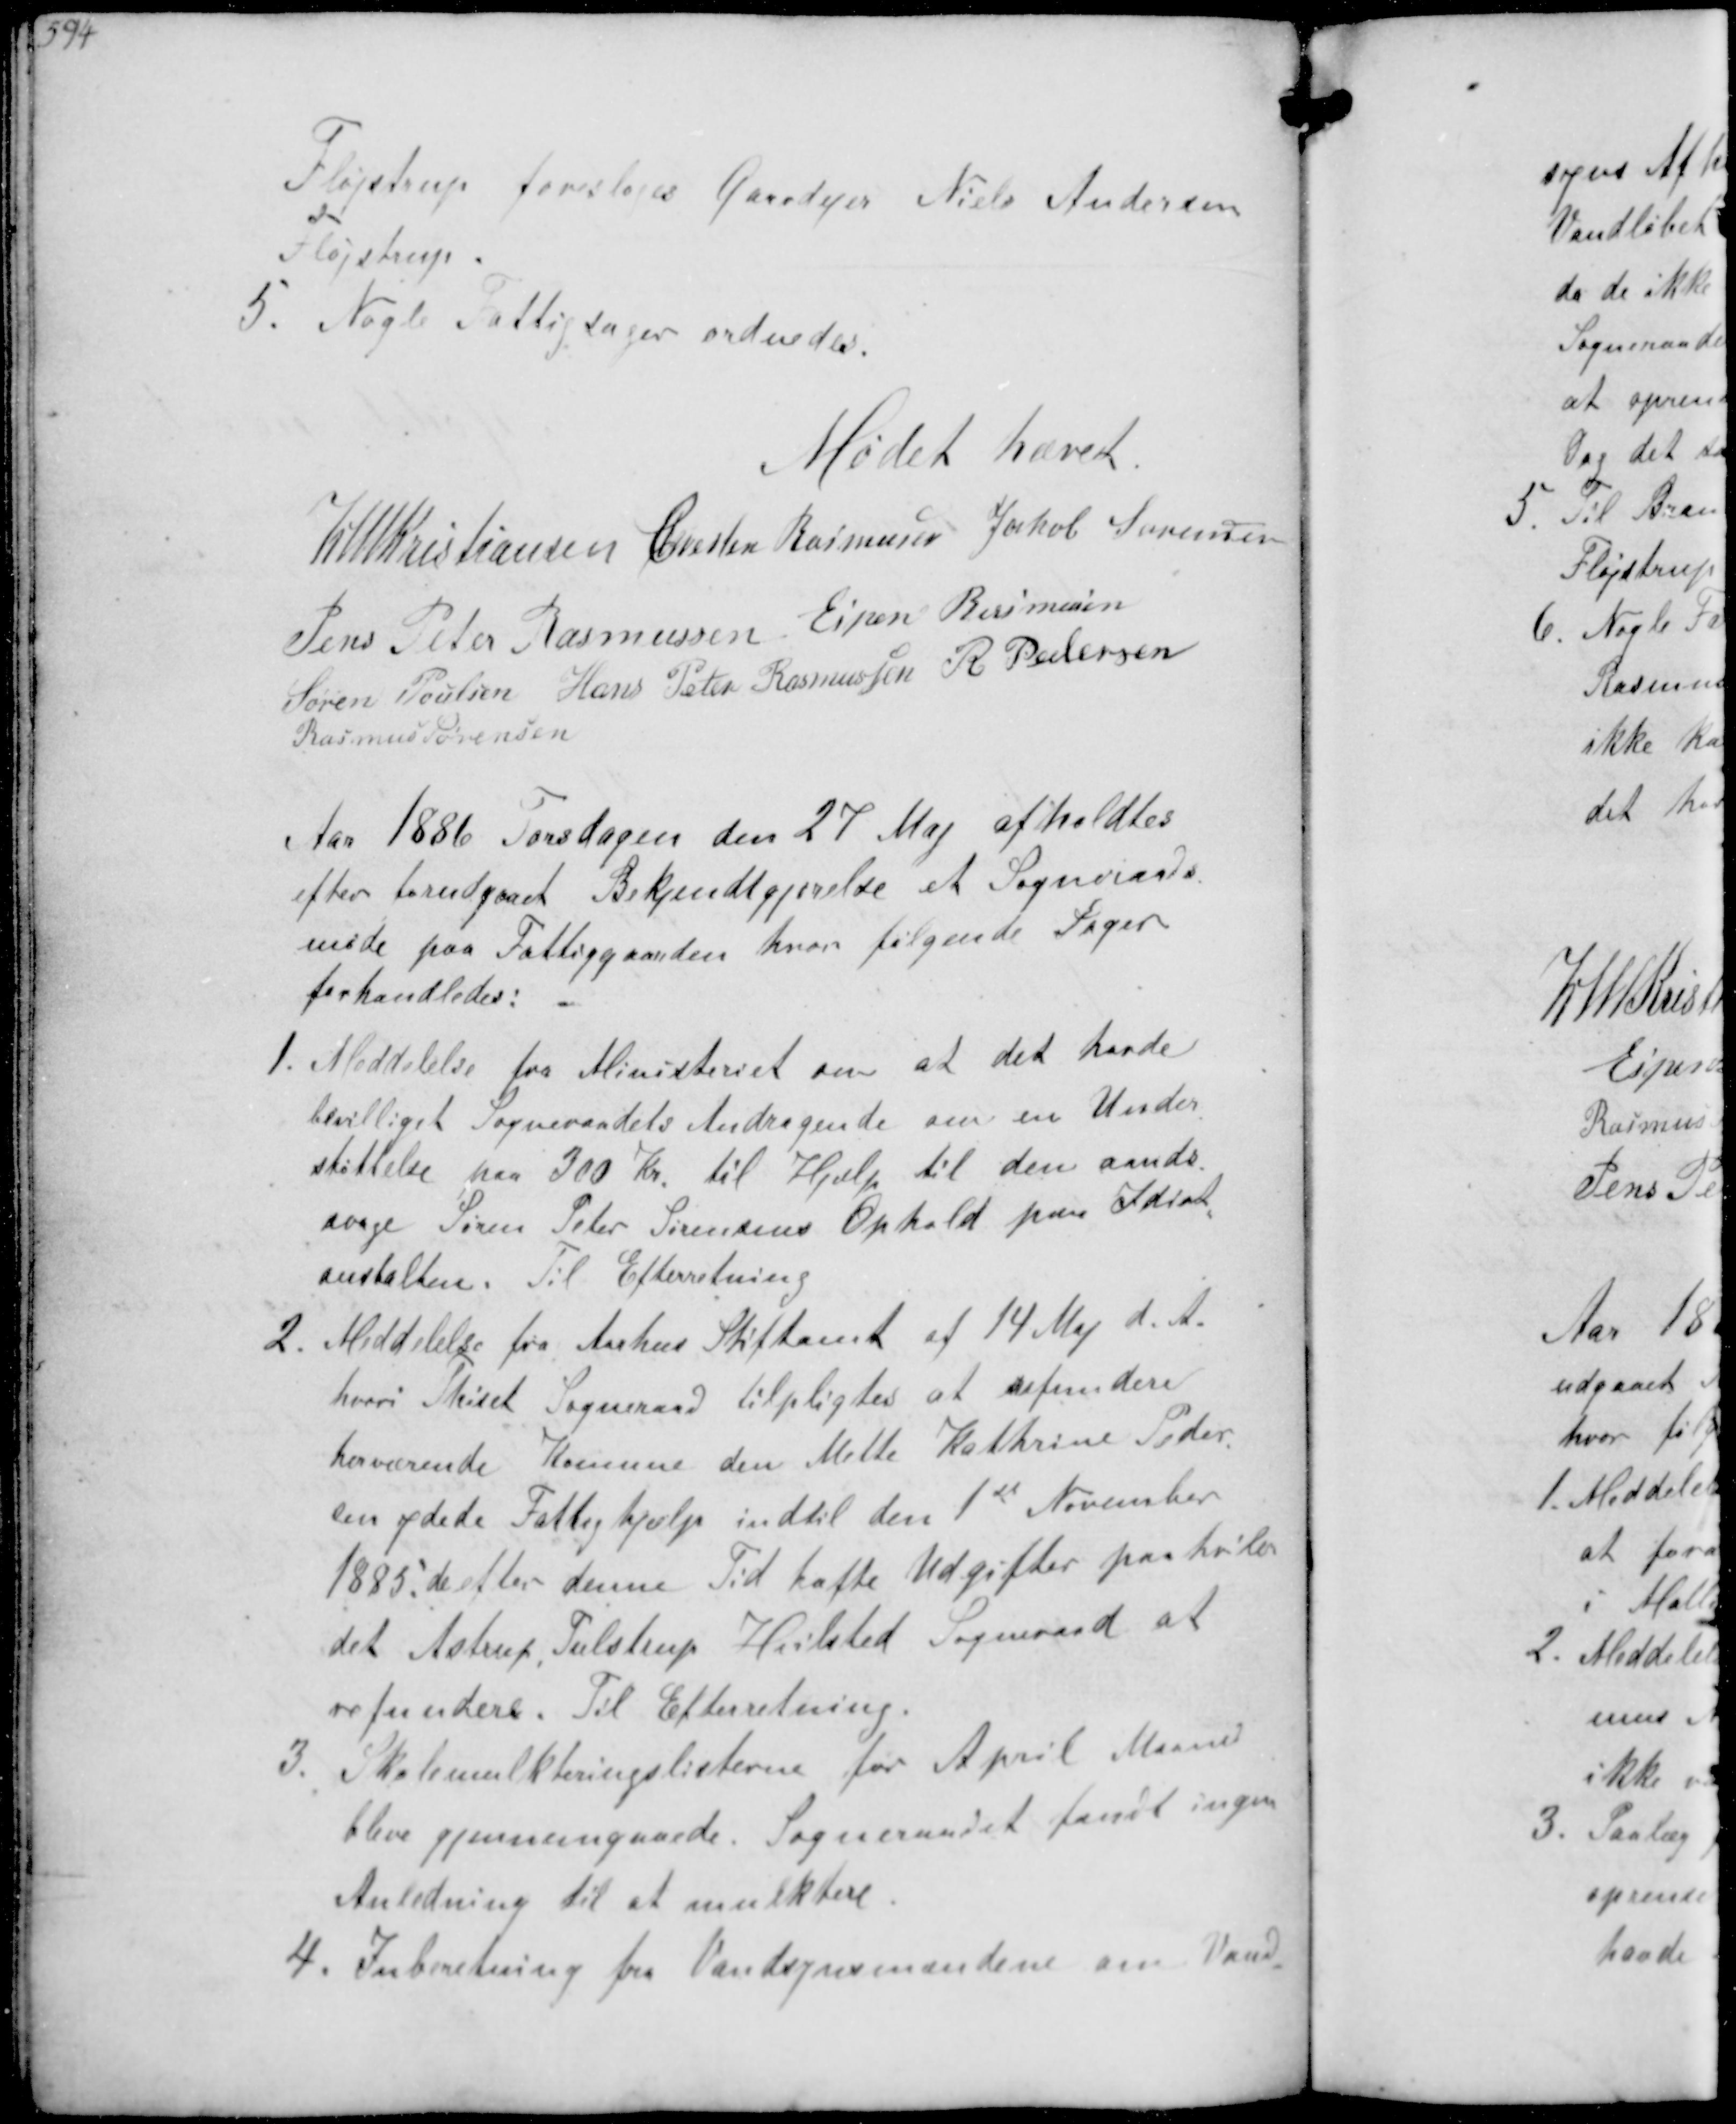
Transskription:
Fløjstrup foresloges Gaardejer Niels Andersen
Fløjstrup
5. Nogle Fattigsager ordnedes.

Mødet hævet

K N M Kristiansen Chresten Rasmussen Jakob Sørensen
Jens Peter Rasmussen Espen Rasmussen
Søren Poulsen Hans Peter Rasmussen R. Pedersen
Rasmus Sørensen

Aar 1886 Torsdagen den 27 Mai afholdtes
efter forudgaaet Bekjendtgørelse et Sogneraads-
møde paa Fattiggaarden hvor følgende Sager
forhandledes:
1. Meddelelse fra Ministeriet om at det havde
bevilliget Sogneraadets Andragende om en Under-
støttelse paa 300 Kr til Hjælp til den aands-
svage Søren Peter Sørensens Ophold paa Idiot-
anstalten. Til Efterretning
2. Meddelelse fra Aarhus Stiftamt af 14 Maj d. A.
hvori Thiset Sogneraad tilpligtes at refundere
herværende Komune den Mette Kathrine Peder-
sen ydede Fattighjælp indtil den 1st November
1885 de efter denne Tid hafte Udgifter paahviler
det Astrup Tulstrup Hvilsted Sogneraad at
refundere. Til Efterretning.
3. Skolemulkteringslisterne for April Maaned
bleve gjennemgaaede. Sogneraadet fandt ingen
Anledning til at mulktere
4. Inberetning fra Vandsynsmændene om Vand-